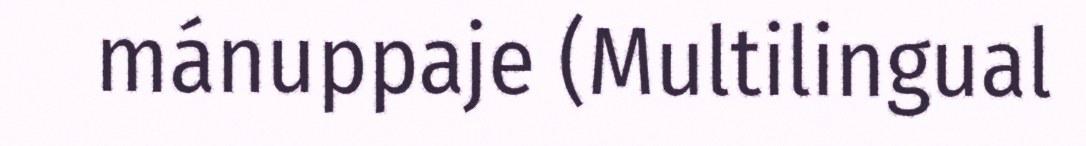
mánuppaje (Multilingual